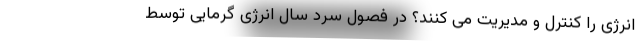
انرژی را کنترل و مدیریت می کنند؟ در فصول سرد سال انرژی گرمایی توسط